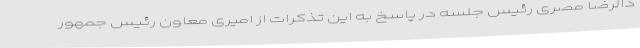
دالرضا مصری رئیس جلسه در پاسخ به این تذکرات از امیری معاون رئیس جمهور